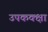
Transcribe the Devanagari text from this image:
उपकक्क्षा